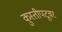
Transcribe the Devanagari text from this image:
कुस्तीपटूवर